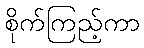
စိုက်ကြည့်ကာ